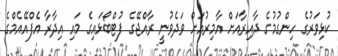
ކުޅިވަރުގެ ހިންގުމުގެ ދާއިރާއަށް އާމިރުއަށް ވަދެވުނީ ރާއްޖޭގެ ފުޓްބޯޅައިގެ މައި އިދާރާ އެފްއޭއެމްގެ